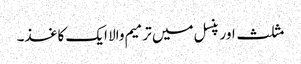
مثلث اور پنسل میں ترمیم والا ایک کاغذ۔